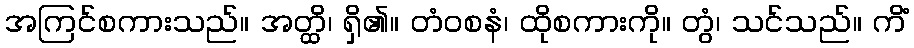
အကြင်စကားသည်။ အတ္ထိ၊ ရှိ၏။ တံဝစနံ၊ ထိုစကားကို။ တွံ၊ သင်သည်။ ကိံ